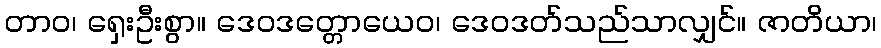
တာဝ၊ ရှေးဦးစွာ။ ဒေဝဒတ္တောယေဝ၊ ဒေဝဒတ်သည်သာလျှင်။ ဇာတိယာ၊